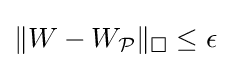
\|W-W_{\mathcal {P}}\|_{\square }\leq \epsilon